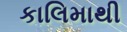
કાલિમાથી